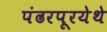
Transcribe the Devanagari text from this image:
पंढरपूरयेथे